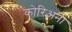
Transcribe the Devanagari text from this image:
कोरिअना